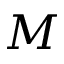
M